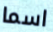
اسما